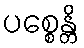
ပစ္စေန္တိ